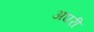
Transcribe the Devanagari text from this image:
अघरी